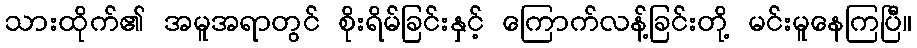
သားထိုက်၏ အမူအရာတွင် စိုးရိမ်ခြင်းနှင့် ကြောက်လန့်ခြင်းတို့ မင်းမူနေကြပြီ။